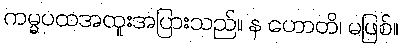
ကမ္မပထအထူးအပြားသည်။ န ဟောတိ၊ မဖြစ်။